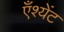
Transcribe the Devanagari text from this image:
एँश्येंट